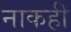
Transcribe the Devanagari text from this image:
नाकही